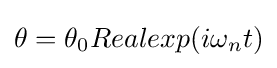
\theta =\theta _{0}Realexp(i\omega _{n}t)